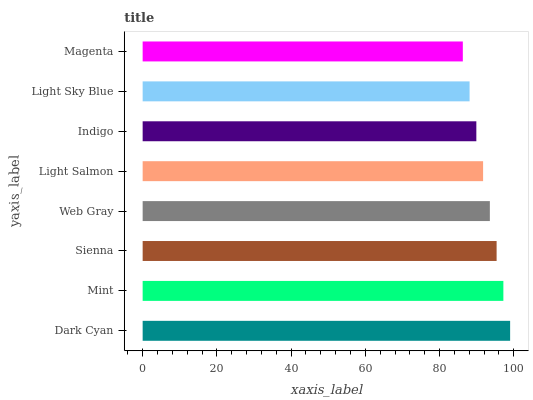
| yaxis_label | bars |
 | --- | --- |
 | Dark Cyan | 99 |
 | Mint | 97.2 |
 | Sienna | 95.4 |
 | Web Gray | 93.5 |
 | Light Salmon | 91.7 |
 | Indigo | 89.9 |
 | Light Sky Blue | 88.1 |
 | Magenta | 86.3 |